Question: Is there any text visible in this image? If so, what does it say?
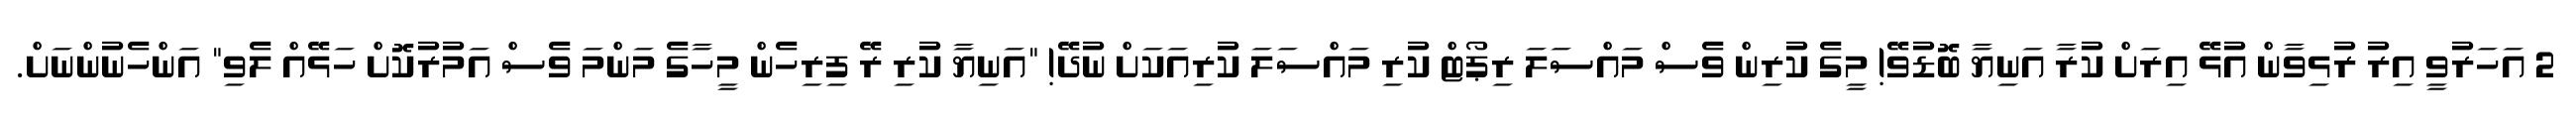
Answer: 2 އަހަރުވީ އިރު ރުޅިވާން އުޅޭ އިރަށް ކުރާ އަނިޔާ ބޮޑުވޭ! މީގެ ކުރިން ވެސް މައްސަލަ ރިޕޯޓް ކުރި މައްސަލަ ކުރިއަކަށް ނުދޭ! "އަނިޔާ ކުރި ރޭ ފިރިހެން މީހާގެ މަންމަ ވެސް އަމުރުކޮށް ހަޅޭއް ލެވި" އަންހެނުންނަށް.